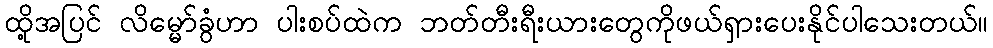
ထို့အပြင် လိမ္မော်ခွံဟာ ပါးစပ်ထဲက ဘတ်တီးရီးယားတွေကိုဖယ်ရှားပေးနိုင်ပါသေးတယ်။